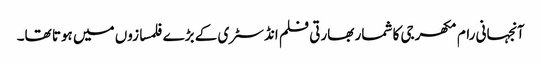
آنجہانی رام مکھرجی کا شمار بھارتی فلم انڈسٹری کے بڑے فلمسازوں میں ہوتا تھا۔